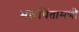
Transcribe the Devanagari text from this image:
भक्तचिंतामणी